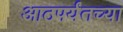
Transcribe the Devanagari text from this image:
आठपर्यंतच्या